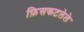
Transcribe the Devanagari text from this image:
फ़िसकटलेले